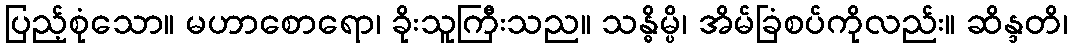
ပြည့်စုံသော။ မဟာစောရော၊ ခိုးသူကြီးသည။ သန္ဓိမ္ပိ၊ အိမ်ခြံစပ်ကိုလည်း။ ဆိန္ဒတိ၊